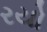
રયો